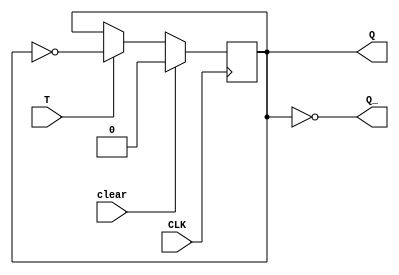
module tFlipFlop(clear, CLK, T, Q, Q_);
	
	input clear, CLK, T;
	output reg Q;
	output Q_;
	
	assign Q_ = !Q;
	
	always @(posedge CLK) begin
	
		if (clear) begin
			Q <= 0;
			
		end else if (T) begin
			Q <= ~Q;
		end
		
	end

endmodule